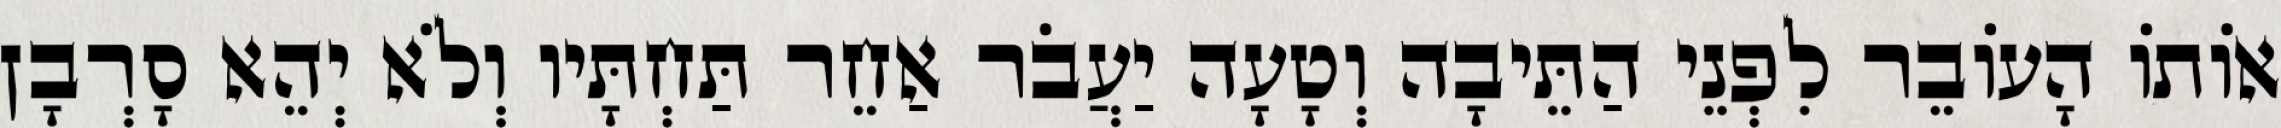
אוֹתוֹ הָעוֹבֵר לִפְנֵי הַתֵּיבָה וְטָעָה יַעֲבֹר אַחֵר תַּחְתָּיו וְלֹא יְהֵא סָרְבָן